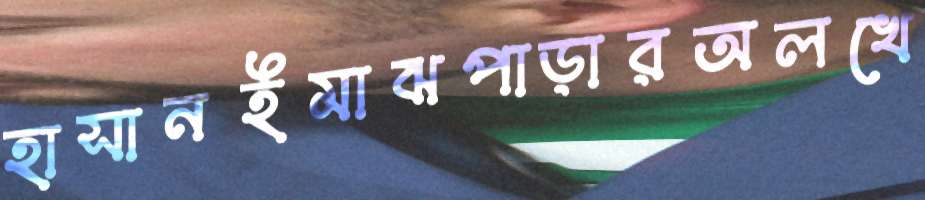
হাসানইমাঝপাড়ারঅলখে